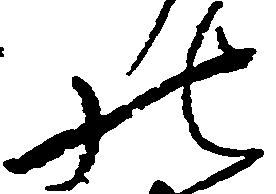
の